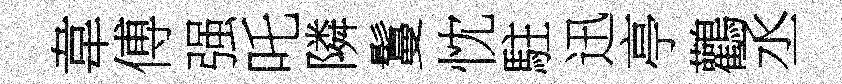
韋傅强吒隣鬘忱駐迅亭鸛丞